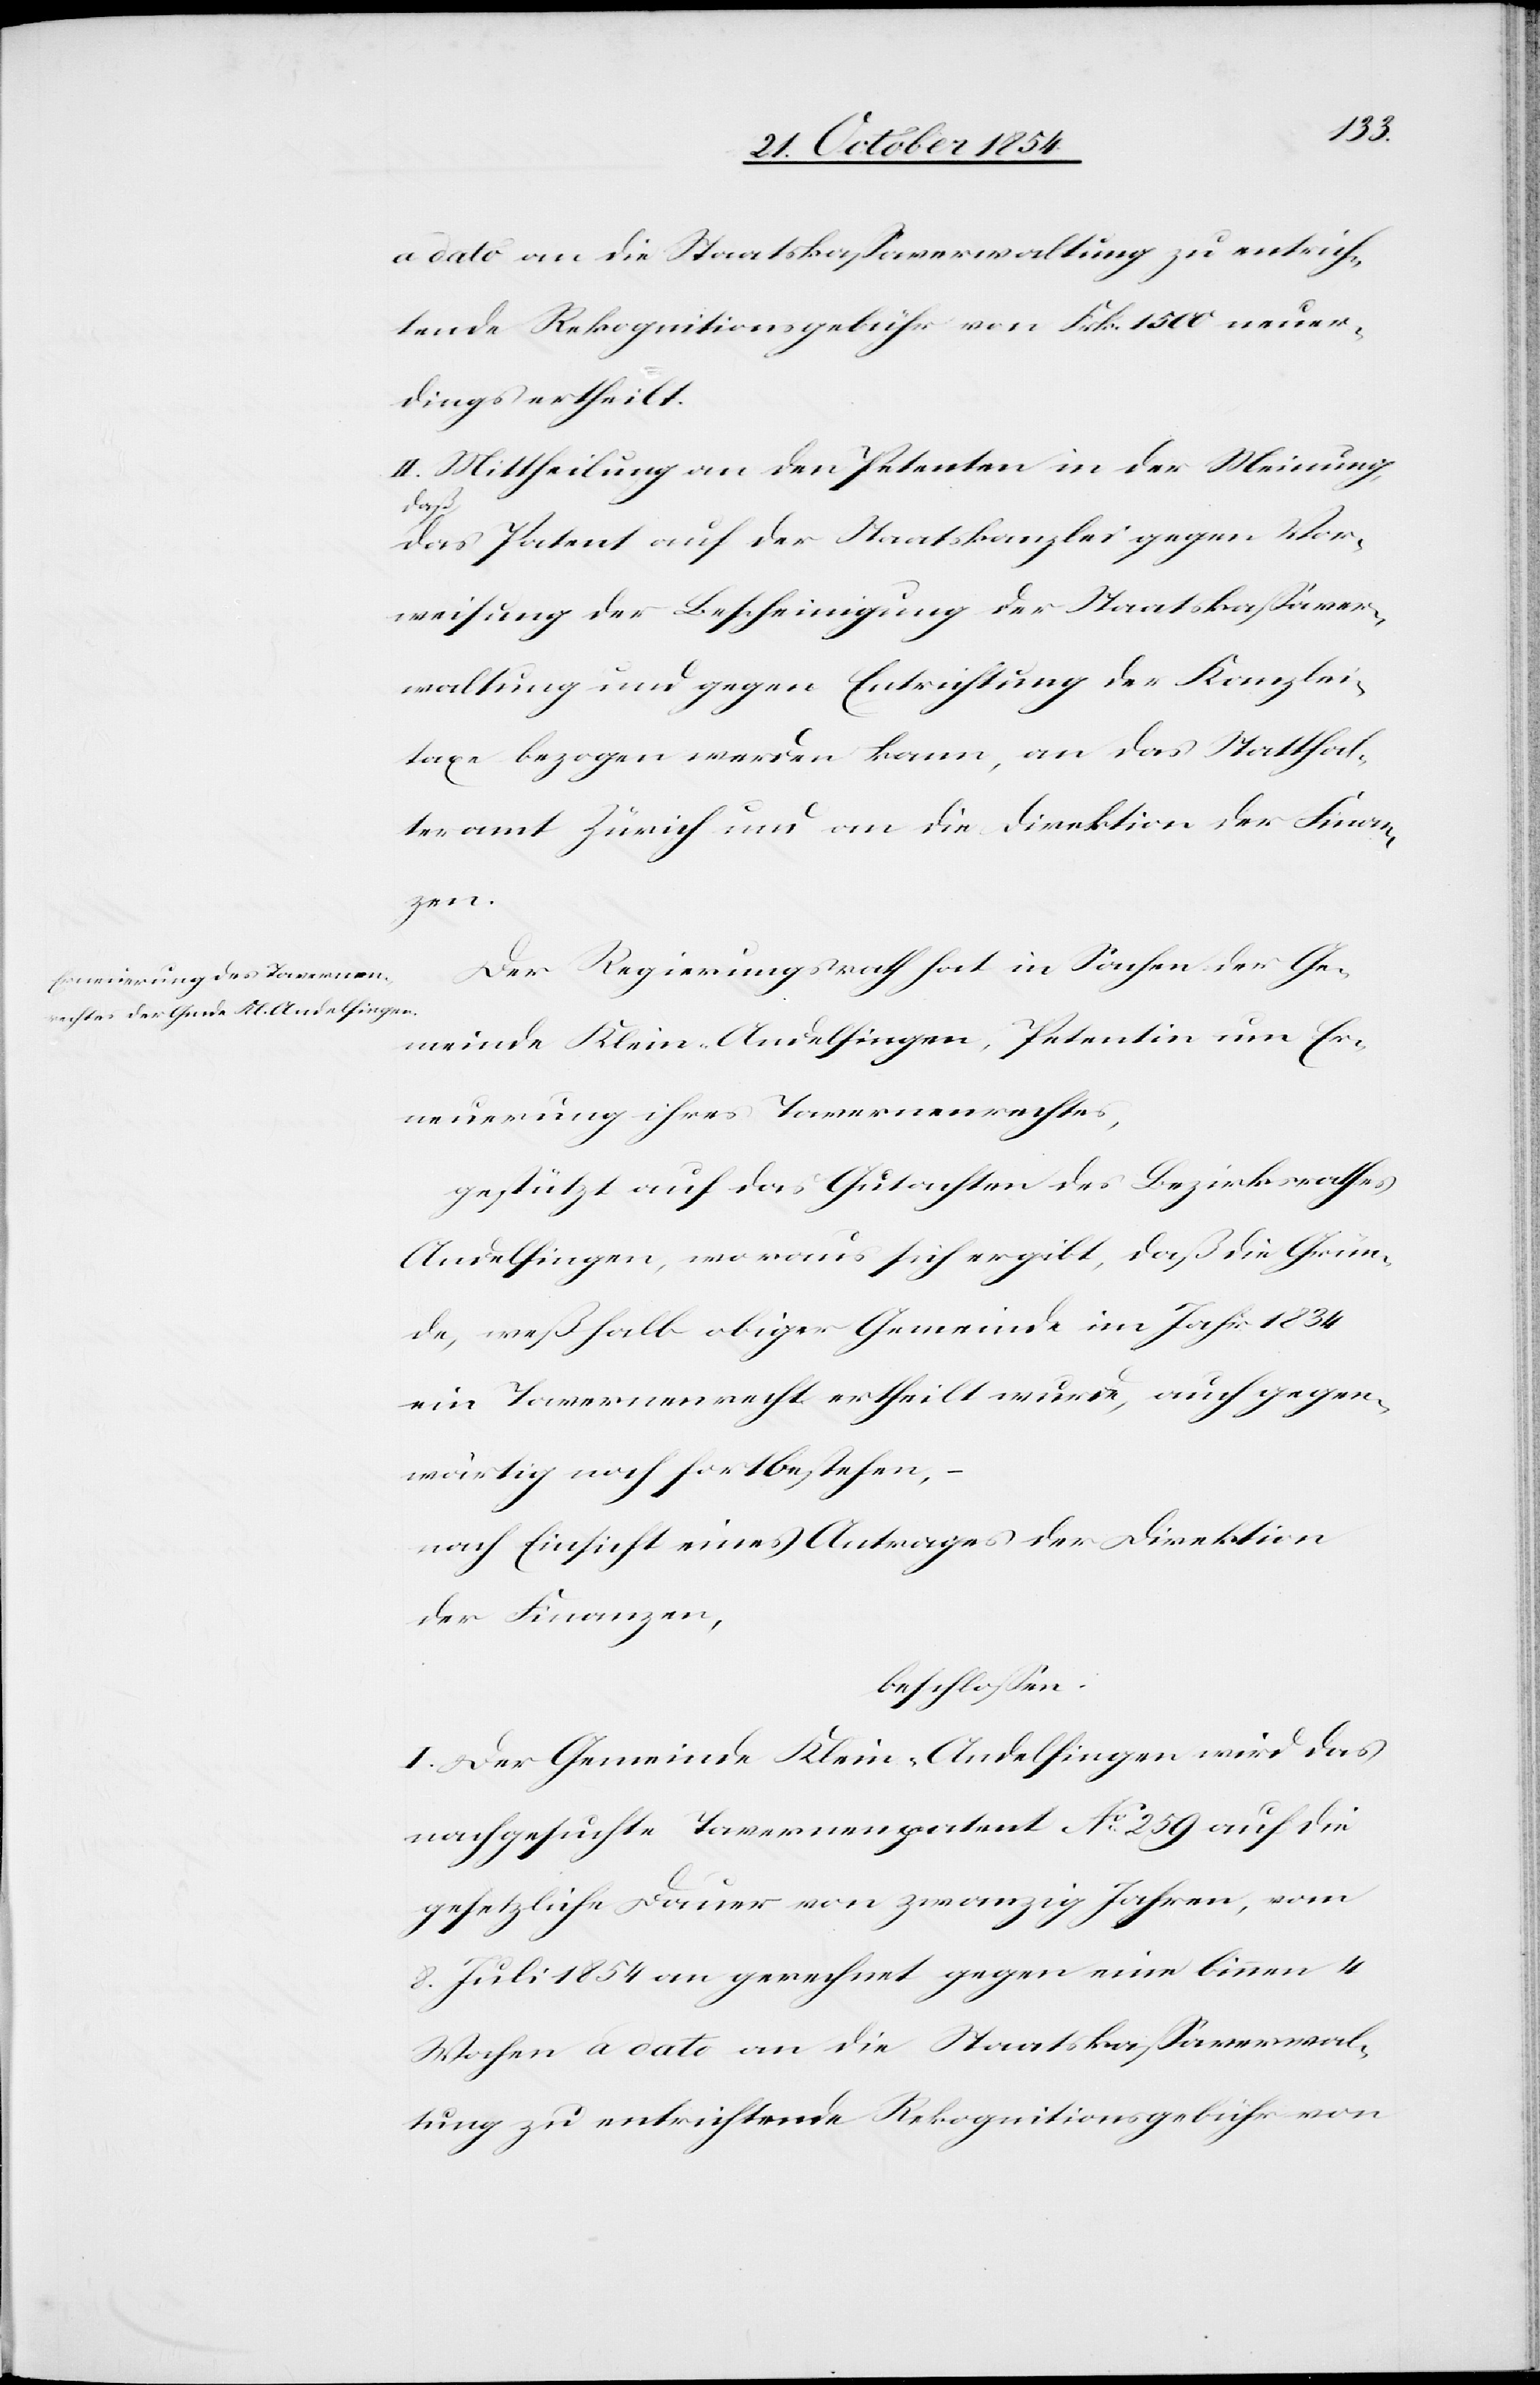
a dato an die Staatskaßaverwaltung zu entrich¬
tende Rekognitionsgebühr von Frk. 1500 neuer¬
dings ertheilt.
II. Mittheilung an den Petenten in der Meinung,
a-daß-a
das Patent auf der Staatskanzlei gegen Vor¬
weisung der Bescheinigung der Staatskaßaver¬
waltung und gegen Entrichtung der Kanzlei¬
taxe bezogen werden kann, an das Statthal¬
teramt Zürich und an die Direktion der Finan¬
zen.
Der Regierungsrath hat in Sachen der Ge¬
meinde Klein-Andelfingen, Petentin um Er¬
neuerung ihres Tavernenrechtes,
gestützt auf das Gutachten des Bezirksrathes
Andelfingen, woraus sich ergibt, daß die Grün¬
de, weßhalb obiger Gemeinde im Jahr 1834
ein Tavernenrecht ertheilt wurde, auch gegen¬
wärtig noch fortbestehen,
nach Einsicht eines Antrages der Direktion
der Finanzen,
beschloßen:
I. Der Gemeinde Klein-Andelfingen wird das
nachgesuchte Tavernenrecht No 259 auf die
gesetzliche Dauer von zwanzig Jahren vom
8. Juli 1854 an gerechnet gegen eine binnen 4
Wochen a dato an die Staatskaßaverwal¬
tung zu entrichtende Rekognitionsgebühr von